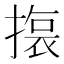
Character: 𭢆